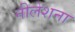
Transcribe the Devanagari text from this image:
नीलेशना